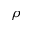
\rho